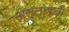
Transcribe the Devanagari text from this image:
अल्लाहची